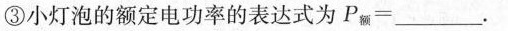
③小灯泡的额定电功率的表达式为P_{额}=___.